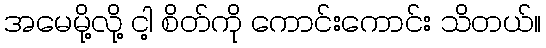
အမေမို့လို့ ငါ့ စိတ်ကို ကောင်းကောင်း သိတယ်။